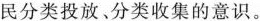
民分类投放、分类收集的意识。